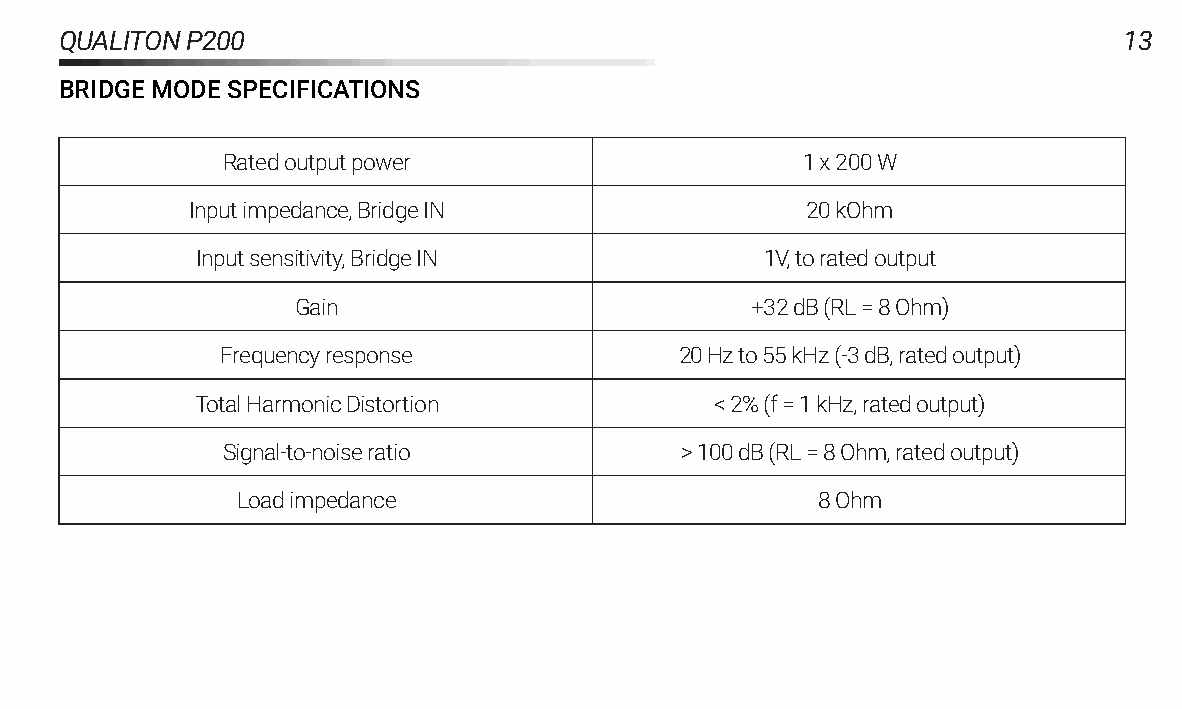
QUALITONP200                                                          13
 BRIDGEMODESPECIFICATIONS
 Ratedoutputpower                      1x200W
 Inputimpedance,BridgeIN                  20kOhm
 Inputsensitivity,BridgeIN             1V,toratedoutput
 Gain                          +32dB(RL=8Ohm)
 Frequencyresponse             20Hzto55kHz(-3dB,ratedoutput)
 TotalHarmonicDistortion           <2%(f=1kHz,ratedoutput)
 Signal-to-noiseratio          >100dB(RL=8Ohm,ratedoutput)
 Loadimpedance                         8Ohm